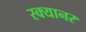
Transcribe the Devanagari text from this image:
स्क्यानर